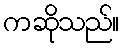
ကဆိုသည်။